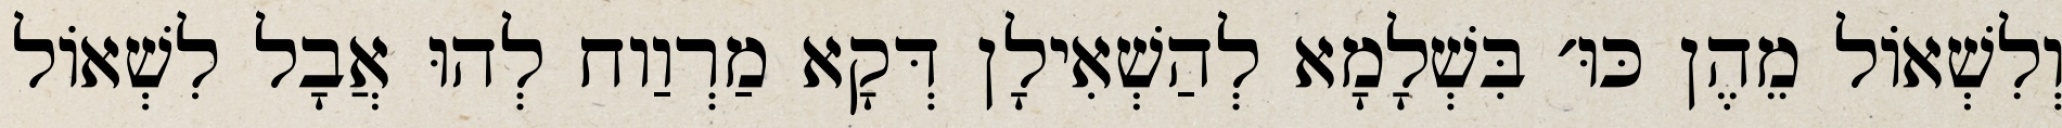
וְלִשְׁאוֹל מֵהֶן כּוּ׳ בִּשְׁלָמָא לְהַשְׁאִילָן דְּקָא מַרְוַוח לְהוּ אֲבָל לִשְׁאוֹל